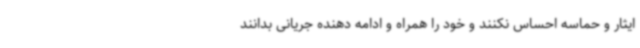
ایثار و حماسه احساس نکنند و خود را همراه و ادامه دهنده جریانی بدانند